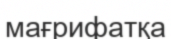
мағрифатқа